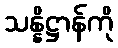
သန္နိဋ္ဌာန်ကို